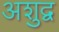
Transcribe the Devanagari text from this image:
अशुद्व